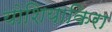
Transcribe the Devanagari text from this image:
योशियाकिरा